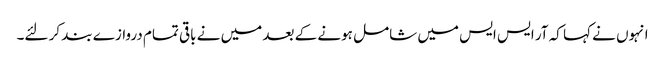
انہوں نے کہا کہ آر ایس ایس میں شامل ہونے کے بعد میں نے باقی تمام دروازے بند کر لئے۔